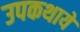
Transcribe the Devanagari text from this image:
उपकथायें